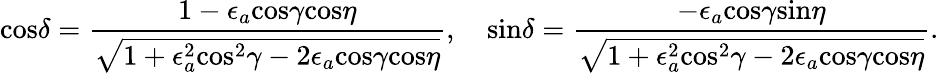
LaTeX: \mathrm{cos}\delta={\frac{1-\epsilon_{a}\mathrm{cos}\gamma\mathrm{cos}\eta}{\sqrt{1+\epsilon_{a}^{2}\mathrm{cos}^{2}\gamma-2\epsilon_{a}\mathrm{cos}\gamma\mathrm{cos}\eta}}},\quad\mathrm{sin}\delta={\frac{-\epsilon_{a}\mathrm{cos}\gamma\mathrm{sin}\eta}{\sqrt{1+\epsilon_{a}^{2}\mathrm{cos}^{2}\gamma-2\epsilon_{a}\mathrm{cos}\gamma\mathrm{cos}\eta}}}.